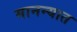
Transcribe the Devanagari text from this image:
मानन्यात